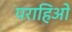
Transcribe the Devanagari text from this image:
पराहिओ